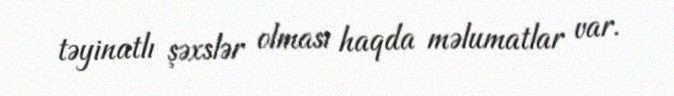
təyinatlı şəxslər olması haqda məlumatlar var.